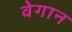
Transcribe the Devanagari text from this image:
वेगान